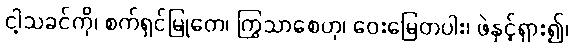
ငါ့သခင်ကို၊ စက်ရှင်မြုတေ၊ ကြွသာစေဟု၊ ဝေးမြေတပါး၊ ဖဲနှင့်ရှား၍၊